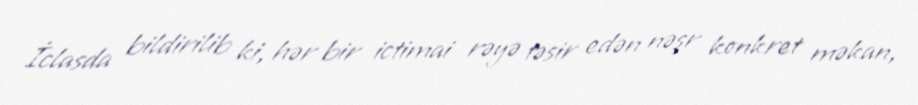
İclasda bildirilib ki, hər bir ictimai rəyə təsir edən nəşr konkret məkan,